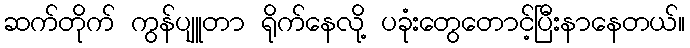
ဆက်တိုက် ကွန်ပျူတာ ရိုက်နေလို့ ပခုံးတွေတောင့်ပြီးနာနေတယ်။